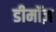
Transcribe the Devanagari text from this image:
डीमॉज़